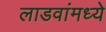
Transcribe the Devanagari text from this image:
लाडवांमध्ये